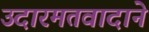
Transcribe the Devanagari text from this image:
उदारमतवादाने